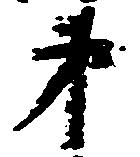
弟